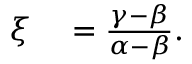
\begin{array} { r l } { \xi } & { { } = \frac { \gamma - \beta } { \alpha - \beta } . } \end{array}